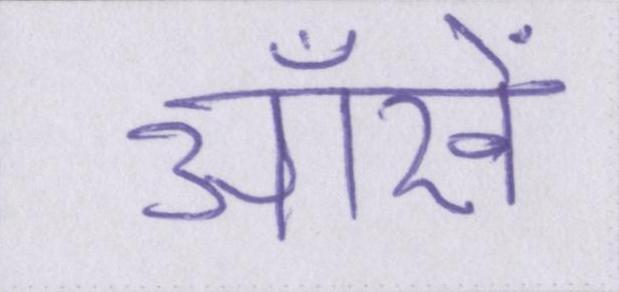
ऑंखें